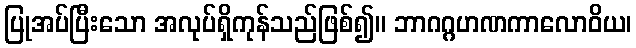
ပြုအပ်ပြီးသော အလုပ်ရှိကုန်သည်ဖြစ်၍။ ဘာဂဂ္ဂဟဏကာလောဝိယ၊